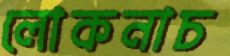
লোকনাচ